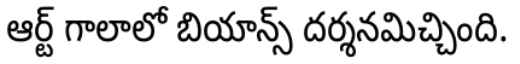
ఆర్ట్ గాలాలో బియాన్స్ దర్శనమిచ్చింది.